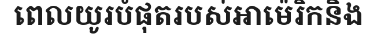
ពេលយូរបំផុតរបស់អាម៉េរិកនិង